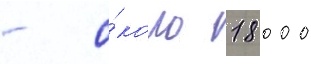
- о́коло 18 000